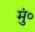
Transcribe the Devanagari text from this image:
मुं०